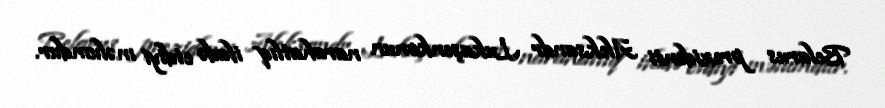
Belarus prezidenti Aleksandr Lukaşenkonun narahatlıq ifadə etdiyi məlumdur.